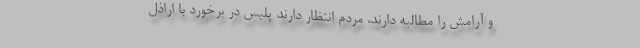
و آرامش را مطالبه دارند، مردم انتظار دارند پلیس در برخورد با اراذل